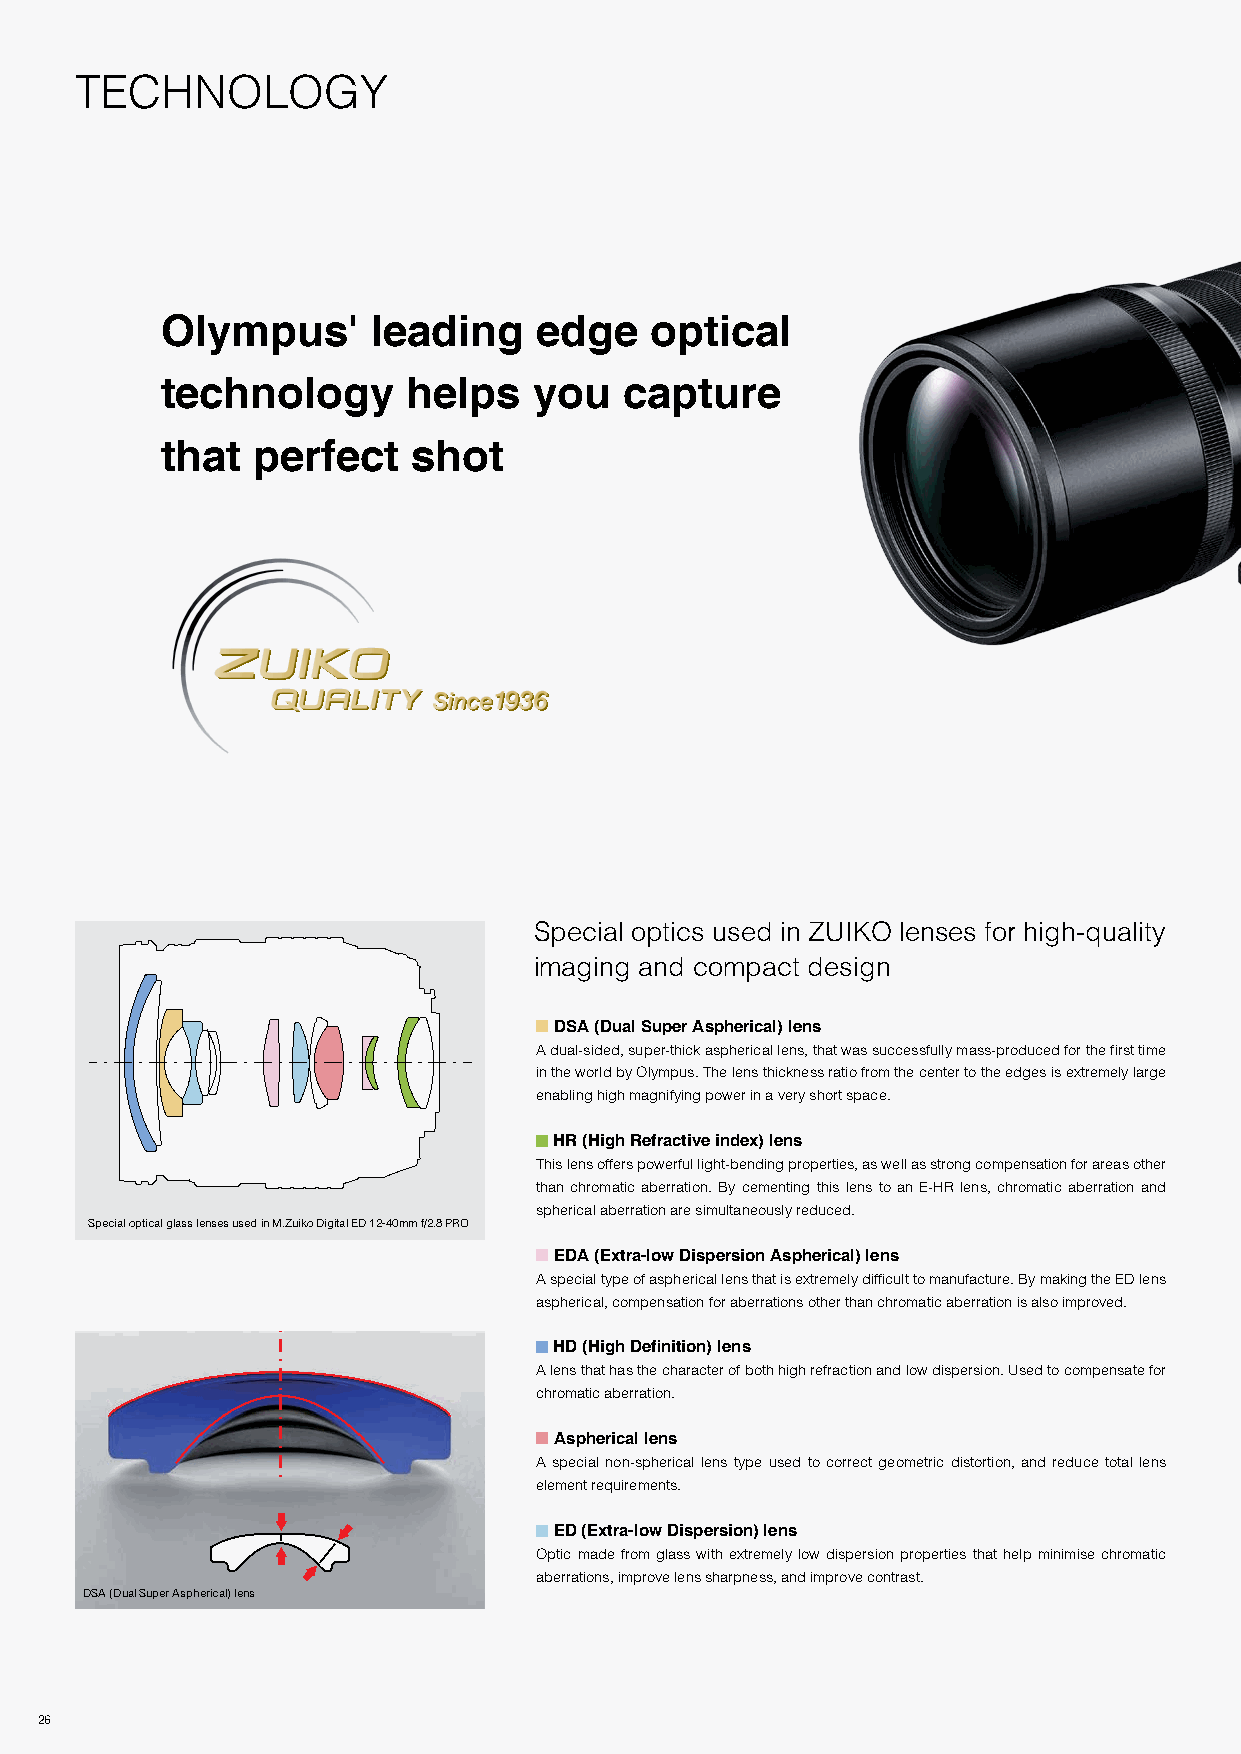
TECHNOLOGY
 Olympus'      leading   edge    optical
 technology      helps   you   capture
 that  perfect   shot
 Special optics used in ZUIKO lenses for high-quality
 imaging and compact design
 DSA (Dual Super Aspherical) lens
 A dual-sided, super-thick aspherical lens, that was successfully mass-produced for the first time
 in the world by Olympus. The lens thickness ratio from the center to the edges is extremely large
 enabling high magnifying power in a very short space.
 HR (High Refractive index) lens
 This lens offers powerful light-bending properties, as well as strong compensation for areas other
 than chromatic aberration. By cementing this lens to an E-HR lens, chromatic aberration and
 spherical aberration are simultaneously reduced.
 Special optical glass lenses used in M.Zuiko Digital ED 12-40mm f/2.8 PRO
 EDA (Extra-low Dispersion Aspherical) lens
 A special type of aspherical lens that is extremely difficult to manufacture. By making the ED lens
 aspherical, compensation for aberrations other than chromatic aberration is also improved.
 HD (High Definition) lens
 A lens that has the character of both high refraction and low dispersion. Used to compensate for
 chromatic aberration.
 Aspherical lens
 A special non-spherical lens type used to correct geometric distortion, and reduce total lens
 element requirements.
 ED (Extra-low Dispersion) lens
 Optic made from glass with extremely low dispersion properties that help minimise chromatic
 aberrations, improve lens sharpness, and improve contrast.
 DSA (Dual Super Aspherical) lens
 26